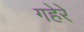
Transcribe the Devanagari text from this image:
गहेरे